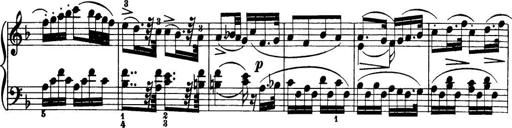
Title: 32 Sonatinas and Rondos for the Piano
Composer: Richard Kleinmichel